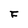
Character: F